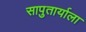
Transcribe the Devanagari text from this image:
सापुतार्याला